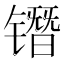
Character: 𰾷